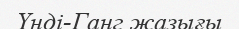
Үнді-Ганг жазығы